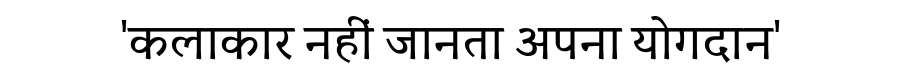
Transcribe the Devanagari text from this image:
'कलाकार नहीं जानता अपना योगदान'